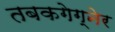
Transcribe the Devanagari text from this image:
तबकगेग्नेर